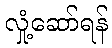
လှုံ့ဆော်ရန်